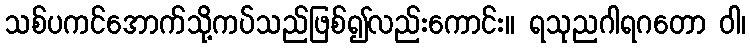
သစ်ပကင်အောက်သို့ကပ်သည်ဖြစ်၍လည်းကောင်း။ ရသုညဂါရဂတော ဝါ၊